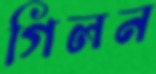
গিলন